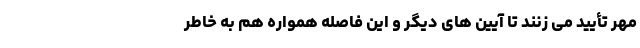
مُهر تأیید می زنند تا آیین های دیگر و این فاصله همواره هم به خاطر